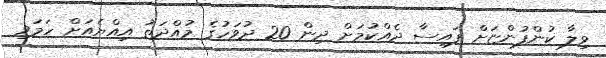
ވިލާ ކުންފުންޏަށް ފައިސާ ދެއްކުމަށް ދިން 20 ދުވަހުގެ މުއްދަތު އިއްޔެއަށް ހަމަވި